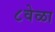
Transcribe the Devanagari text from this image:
८वेळा